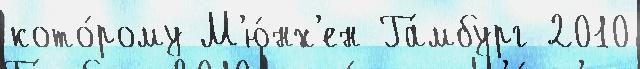
кото́рому М'ю́нх'ен Га́мбург 2010